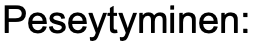
Peseytyminen: